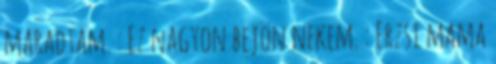
maradtam. : Ez nagyon bejön nekem. : Erzsi mama